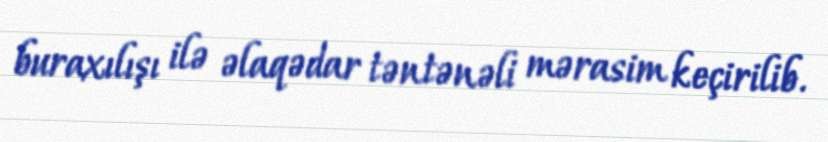
buraxılışı ilə əlaqədar təntənəli mərasim keçirilib.